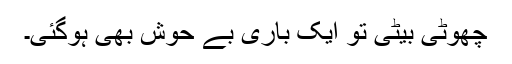
چھوٹی بیٹی تو ایک باری بے حوش بھی ہوگئی۔